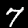
Label: 7